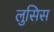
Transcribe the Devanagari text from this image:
लुसिस